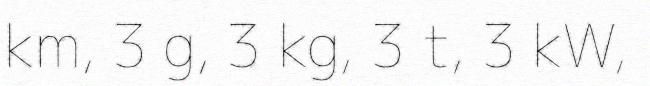
km, 3 g, 3 kg, 3 t, 3 kW,